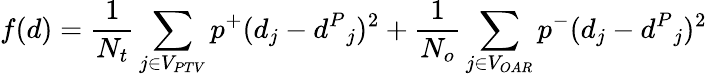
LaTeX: f(d)=\frac{1}{N_{t}}\sum_{j\in V_{PTV}}p^{+}(d_{j}-{d^{P}}_{j})^{2}+\frac{1}{N_{o}}\sum_{j\in V_{OAR}}p^{-}(d_{j}-{d^{P}}_{j})^{2}